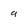
Character: 9